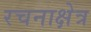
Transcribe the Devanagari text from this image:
रचनाक्षेत्र